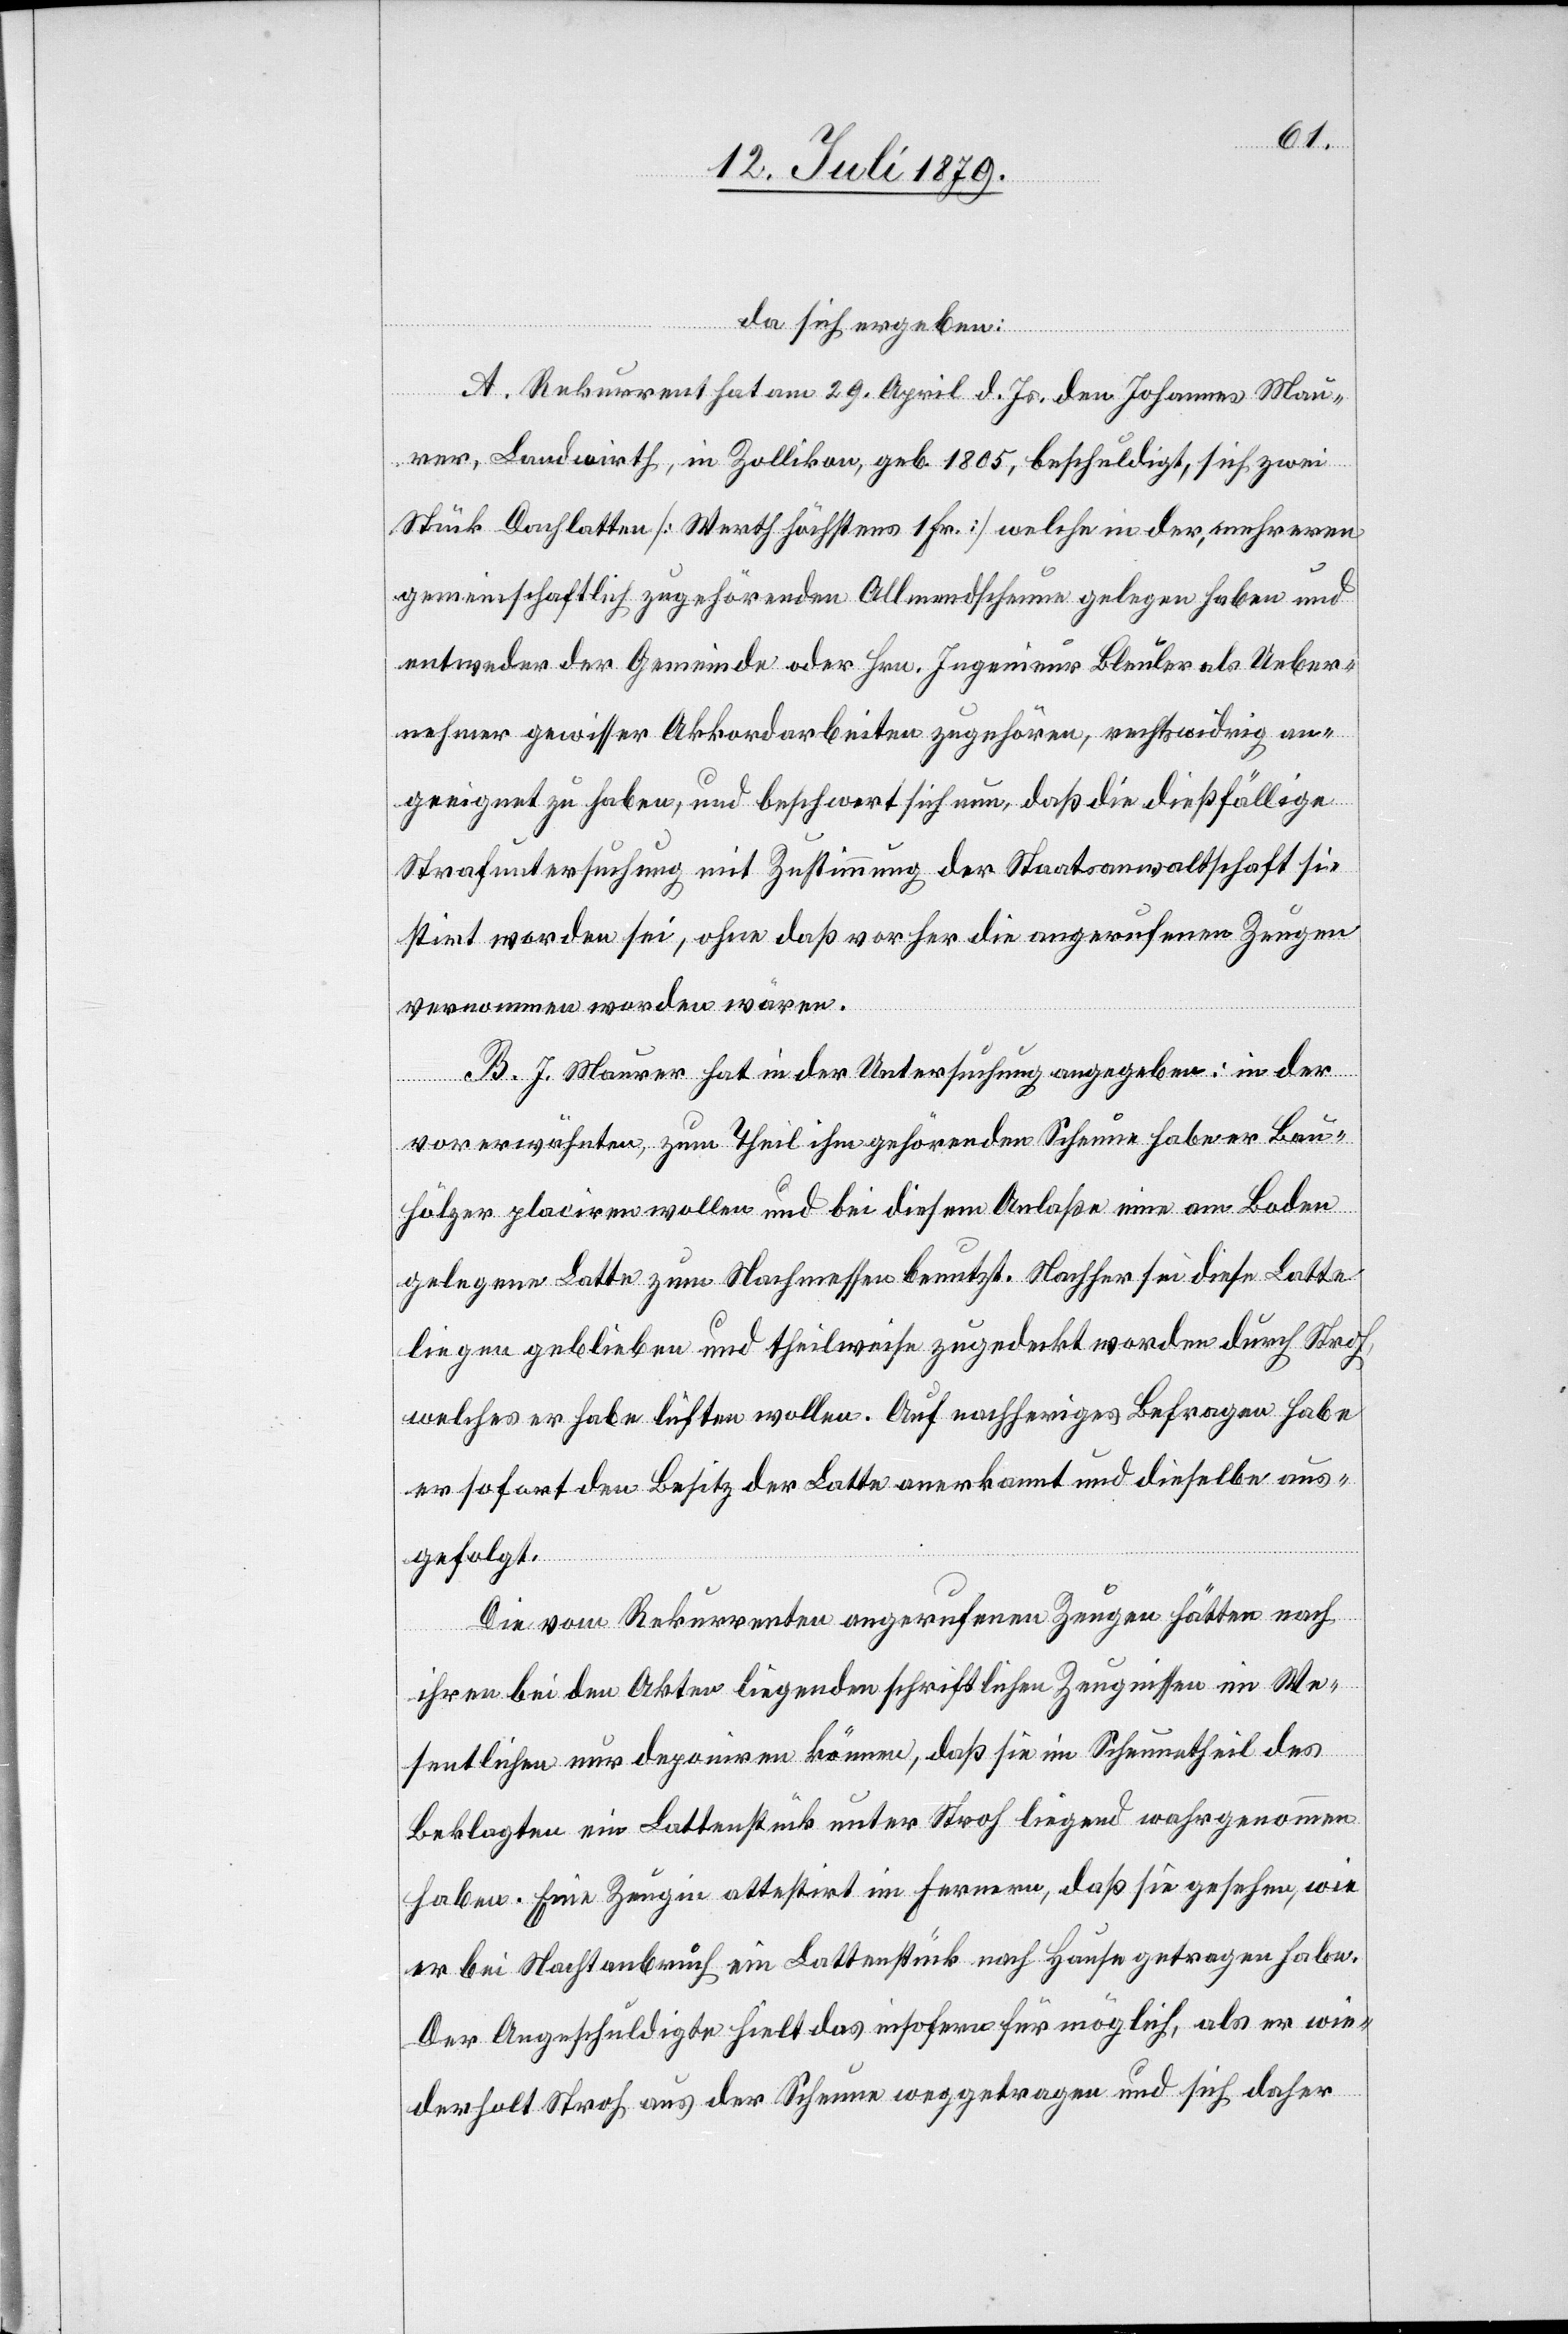
da sich ergeben:
A. Rekurrent hat am 29. April d. Js. den Johannes Mau¬
rer, Landwirth, in Zollikon, geb. 1805, beschuldigt, sich zwei
Stück Dachlatten [Werth höchstens 1 Fr.] welche in der, mehreren
gemeinschaftlich zugehörenden Allmendscheune gelegen haben und
entweder der Gemeinde oder Hrn. Ingenieur Bleuler als Ueber¬
nehmer gewisser Akkordarbeiten zugehören, rechtswidrig an¬
geeignet zu haben, und beschwert sich nun, daß die dießfällige
Strafuntersuchung mit Zustimmung der Staatsanwaltschaft si¬
stirt worden sei, ohne daß vorher die angerufenen Zeugen
vernommen worden wären.
B. J. Maurer hat in der Untersuchung angegeben: in der
vorerwähnten, zum Theil ihm gehörenden Scheune habe er Bau¬
hölzer placiren wollen und bei diesem Anlaße eine am Boden
gelegene Latte zum Nachmessen benutzt. Nachher sei diese Latte
liegen geblieben und theilweise zugedeckt worden durch Stroh,
welches er habe lüften wollen. Auf nachheriges Befragen habe
er sofort den Besitz der Latte anerkannt und dieselbe aus¬
gefolgt.
Die vom Rekurrenten angerufenen Zeugen hätten nach
ihren bei den Akten liegenden schriftlichen Zeugnissen im We¬
sentlichen nur deponiren könne, daß sie im Scheunetheil des
Beklagten ein Lattenstück unter Stroh liegend wahrgenommen
haben. Eine Zeugin attestirt im Fernern, daß sie gesehen, wie
er bei Nachtanbruch ein Lattenstück nach Hause getragen habe.
Der Angeschuldigte hielt das insofern für möglich, als er wie¬
derholt Stroh aus der Scheune weggetragen und sich daher